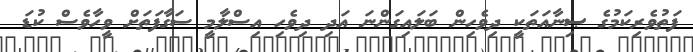
ފަތުވެރިކަމުގެ ޞިނާއަތަކީ ދިވެހިން ބަލައިގަންނަ އަދި ދިވެހި އިސްލާމީ ސަގާފަތަށް ވީހާވެސް ކުޑަ